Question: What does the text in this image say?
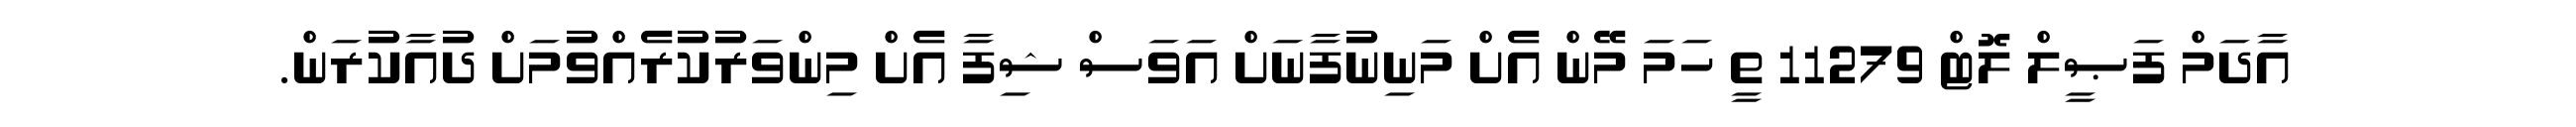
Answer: އާދަމް ފަޞީލް ލޮޓް 11279 ތީ ހަމަ މޭން އެށް މަނިނުފާނަށް އަވަސް ޝިފާ އެށް މިންވަރުކުރެއްވުމަށް ދުއާކުރަން.